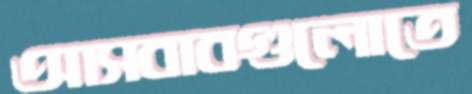
আসবাবগুলোতে